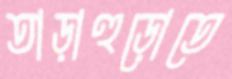
তাড়াহুড়োতে